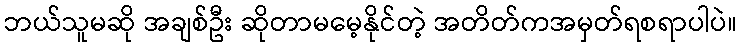
ဘယ်သူမဆို အချစ်ဦး ဆိုတာမမေ့နိုင်တဲ့ အတိတ်ကအမှတ်ရစရာပါပဲ။